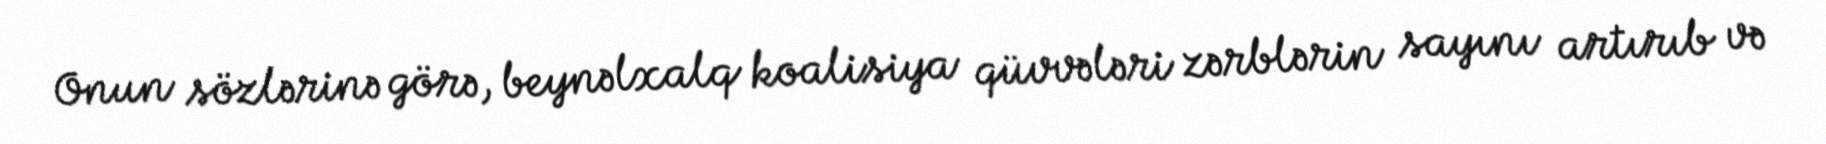
Onun sözlərinə görə, beynəlxalq koalisiya qüvvələri zərblərin sayını artırıb və